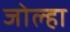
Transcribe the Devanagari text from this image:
जोल्हा